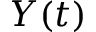
Y ( t )